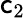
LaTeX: \mathsf{c}_{2}